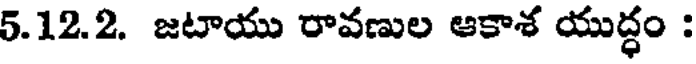
5.12.2. జటాయు రావణుల ఆకాశ యుద్ధం :